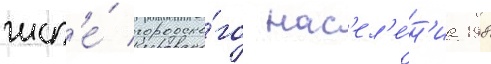
числ'е́ городско́го нас'ел'е́н'иа 198